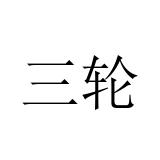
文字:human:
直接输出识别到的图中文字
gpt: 三轮